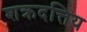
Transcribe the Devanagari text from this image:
शक्रदत्तिय